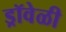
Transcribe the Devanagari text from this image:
ड्रॉवेळी